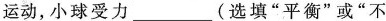
运动，小球受力___(选填”平衡”或”不